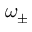
\omega _ { \pm }